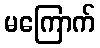
မကြောက်